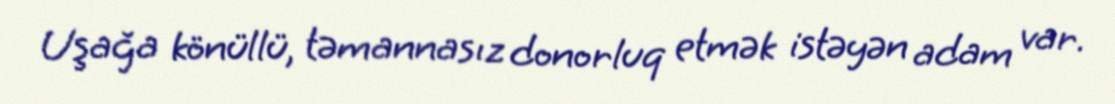
Uşağa könüllü, təmannasız donorluq etmək istəyən adam var.